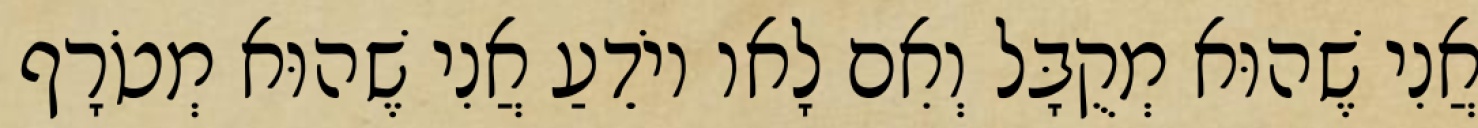
אֲנִי שֶׁהוּא מְקֻבָּל וְאִם לָאו יוֹדֵעַ אֲנִי שֶׁהוּא מְטֹרָף